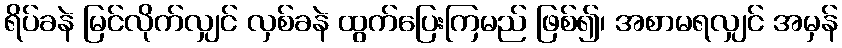
ရိပ်ခနဲ မြင်လိုက်လျှင် လှစ်ခနဲ ထွက်ပြေးကြမည် ဖြစ်၍၊ အစာမရလျှင် အမှန်